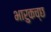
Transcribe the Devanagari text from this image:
भारुकच्छ